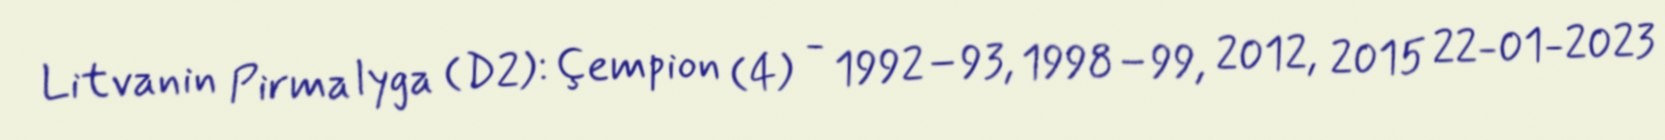
Litvanin Pirma lyga (D2): Çempion (4) - 1992–93, 1998–99, 2012, 2015 22-01-2023